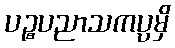
ပဉ္စပညာသကပ္ပမှိ